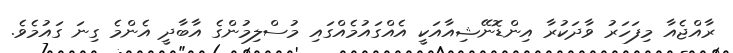
ރާއްޖެއާ މިފަހަރު ވާދަކުރާ އިންޑޮނޭޝިއާއަކީ އެއްގައުމެެއްގައި މުސްލިމުންގެ އާބާދީ އެންމެ ގިނަ ގައުމެވެ.